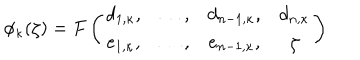
\phi _ { \kappa } ( \zeta ) = F \left( \begin{array} { c c c c } { { d _ { 1 , \kappa } , } } & { { \dots , } } & { { d _ { n - 1 , \kappa } , } } & { { d _ { n , \kappa } } } \\ { { e _ { 1 , \kappa } , } } & { { \dots , } } & { { e _ { n - 1 , \kappa } , } } & { { \zeta } } \\ \end{array} \right)